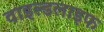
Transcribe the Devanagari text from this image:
वाइल्‍डलाइफ